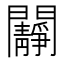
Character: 𨷧